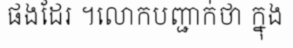
ផងដែរ ។លោកបញ្ជាក់ថា ក្នុង